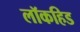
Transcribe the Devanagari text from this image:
लॉकहिड